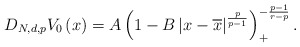
\begin{align*}D_{N,d,p}V_{0}\left( x\right) =A\left( 1-B\left\vert x-\overline{x}\right\vert ^{\frac{p}{p-1}}\right) _{+}^{-\frac{p-1}{r-p}}.\end{align*}